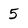
Character: 5